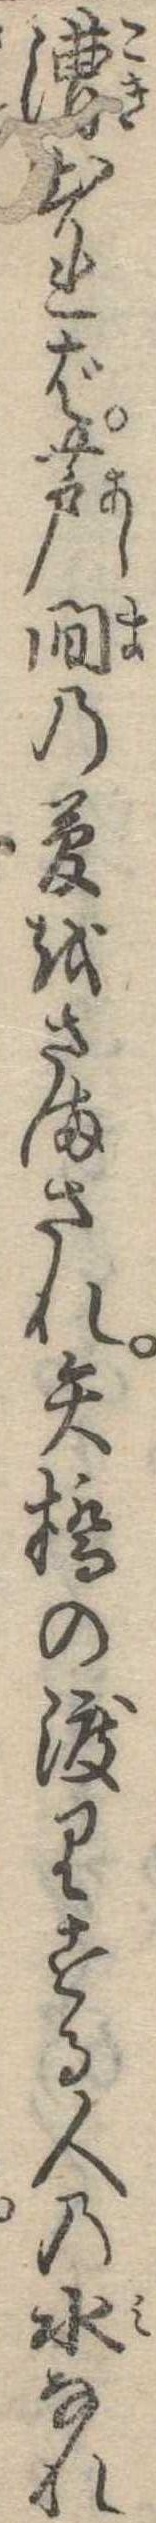
漕出れば芦間の夢をさまされ矢橋の渡りする人の水なれ